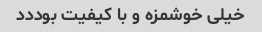
خیلی خوشمزه و با کیفیت بوددد